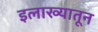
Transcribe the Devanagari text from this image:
इलाख्यातून